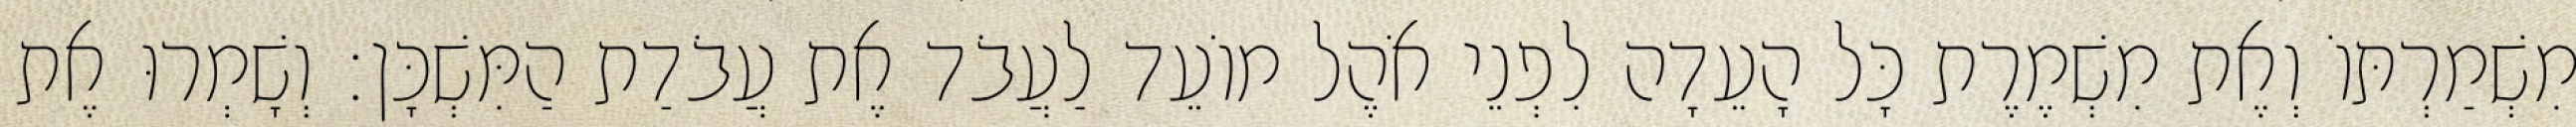
מִשְׁמַרְתּוֹ וְאֶת מִשְׁמֶרֶת כָּל הָעֵדָה לִפְנֵי אֹהֶל מוֹעֵד לַעֲבֹד אֶת עֲבֹדַת הַמִּשְׁכָּן׃ וְשָׁמְרוּ אֶת